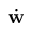
\dot { \mathbf { w } }